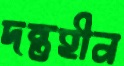
দন্তহীন